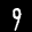
Label: 9